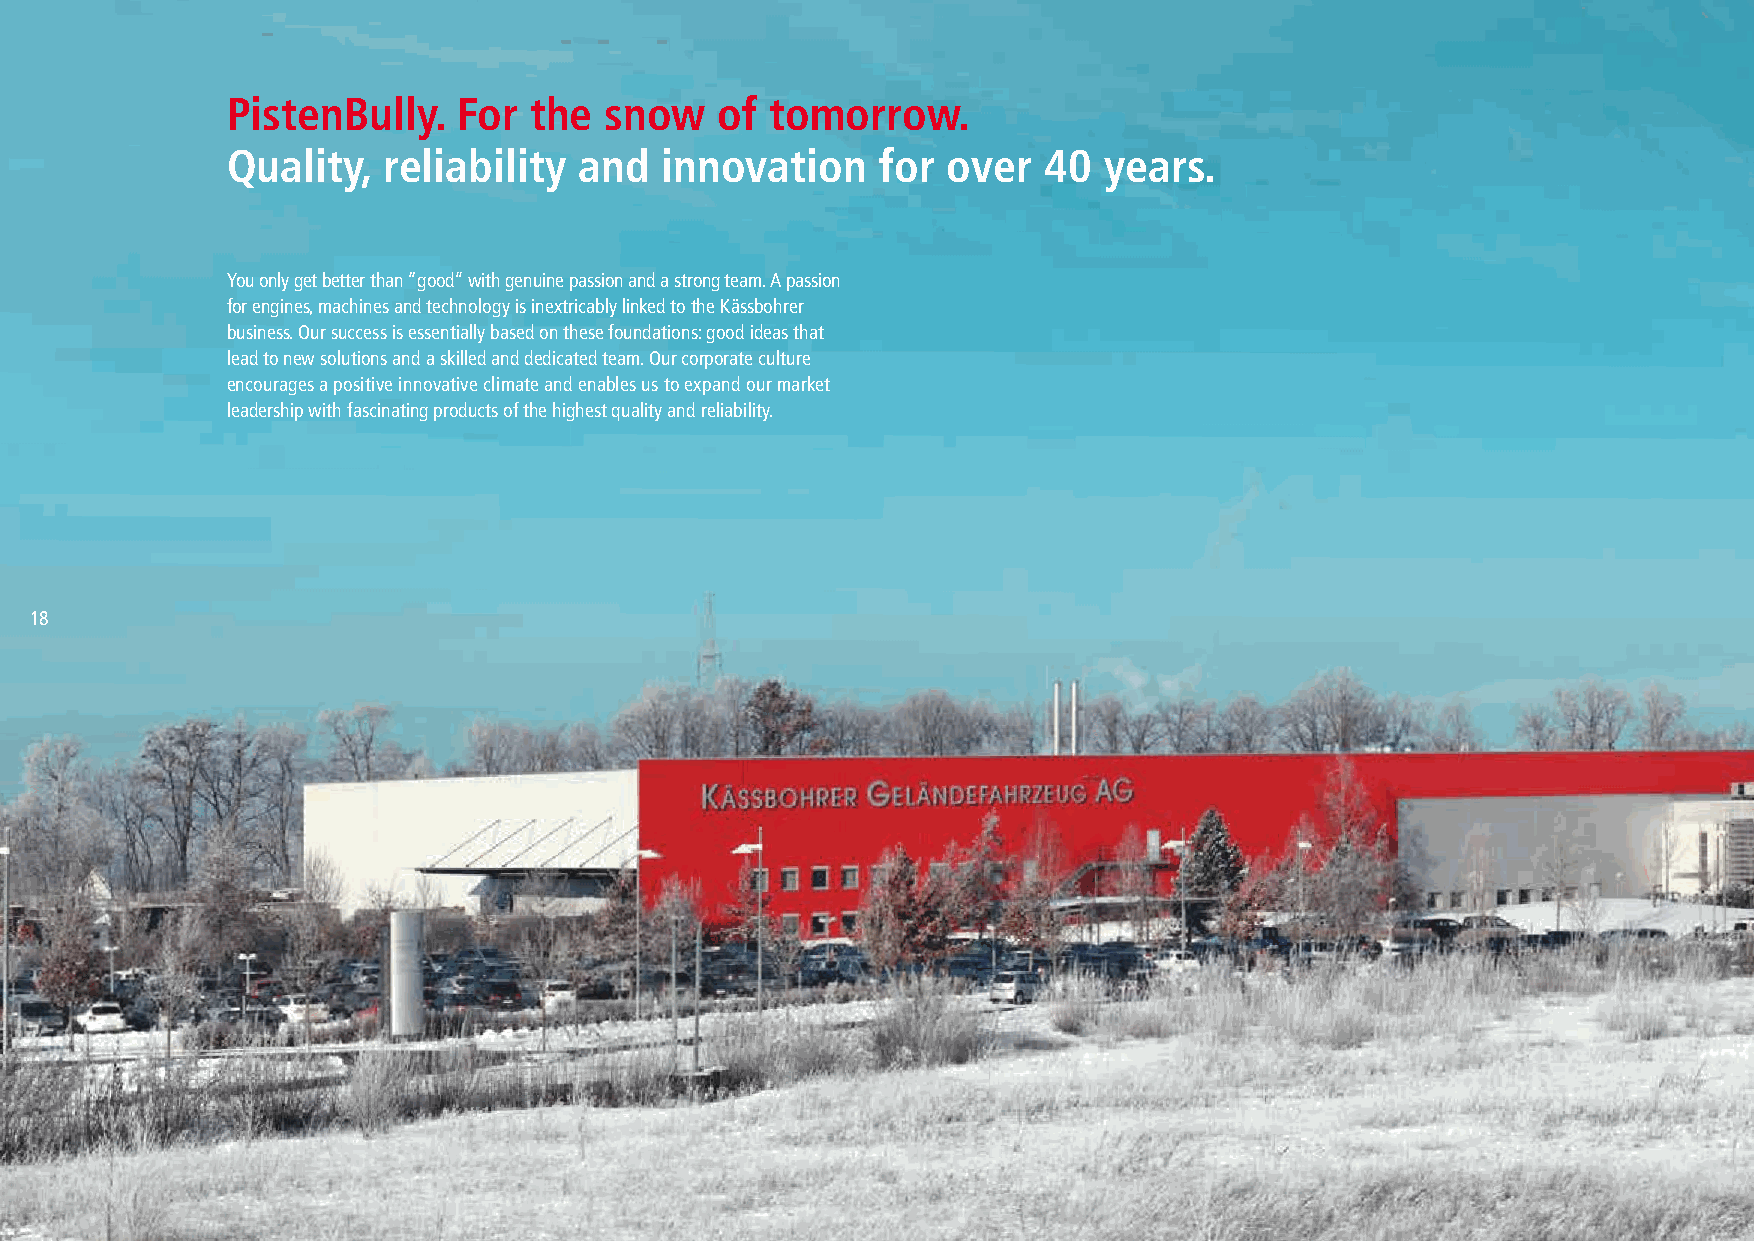
PistenBully.   For  the  snow    of tomorrow.
 Quality,  reliability  and   innovation    for  over  40  years.
 You only get better than “good” with genuine passion and a strong team. A passion
 for engines, machines and technology is inextricably linked to the Kässbohrer
 business. Our success is essentially based on these foundations: good ideas that
 lead to new solutions and a skilled and dedicated team. Our corporate culture
 encourages a positive innovative climate and enables us to expand our market
 leadership with fascinating products of the highest quality and reliability.
 18